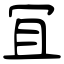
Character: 冝